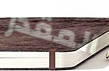
المقدر